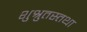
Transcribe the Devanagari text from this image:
शुश्रुतस्तथा